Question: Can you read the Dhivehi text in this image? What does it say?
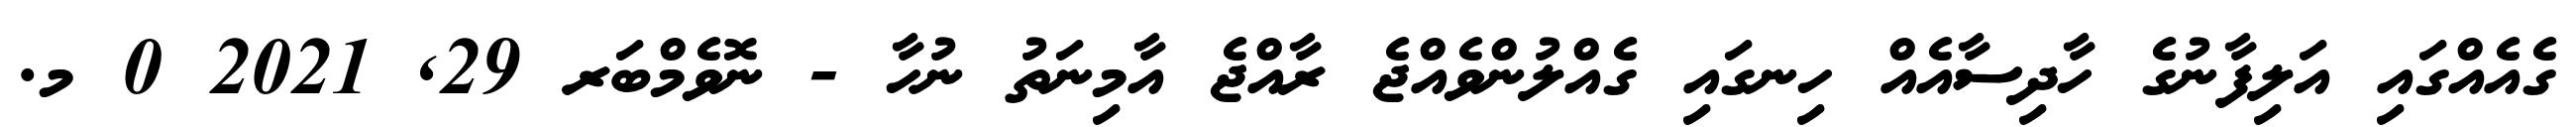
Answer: ގެއެއްގައި އަލިފާނުގެ ހާދިސާއެއް ހިނގައި ގެއްލުންވެއްޖެ ރާއްޖެ އާމިނަތު ނުހާ - ނޮވެމްބަރ 29, 2021 0 މ.